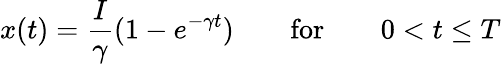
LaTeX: x(t)=\frac{I}{\gamma}(1-e^{-\gamma t})\qquad\mathrm{for}\qquad 0<t\leq T